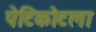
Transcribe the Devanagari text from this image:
पेटिकोटला